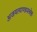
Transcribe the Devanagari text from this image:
अजयत्पाण्डवश्रेष्ठः